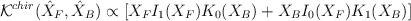
LaTeX: \begin{align*}{\cal K}^{chir}(\hat{X}_F,\hat{X}_B)\propto\left[X_FI_1(X_F)K_0(X_B)+X_BI_0(X_F)K_1(X_B)\right]\end{align*}